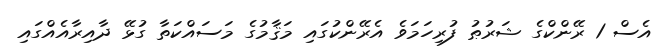
އެސް 1 ރޭންކްގެ ޝަރުޠު ފުރިހަމަވެ އެރޭންކުގައި މަޤާމުގެ މަސައްކަތާ ގުޅޭ ދާއިރާއެއްގައި